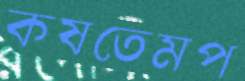
কষতেমপ